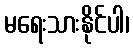
မရေးသားနိုင်ပါ၊